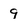
Character: 9